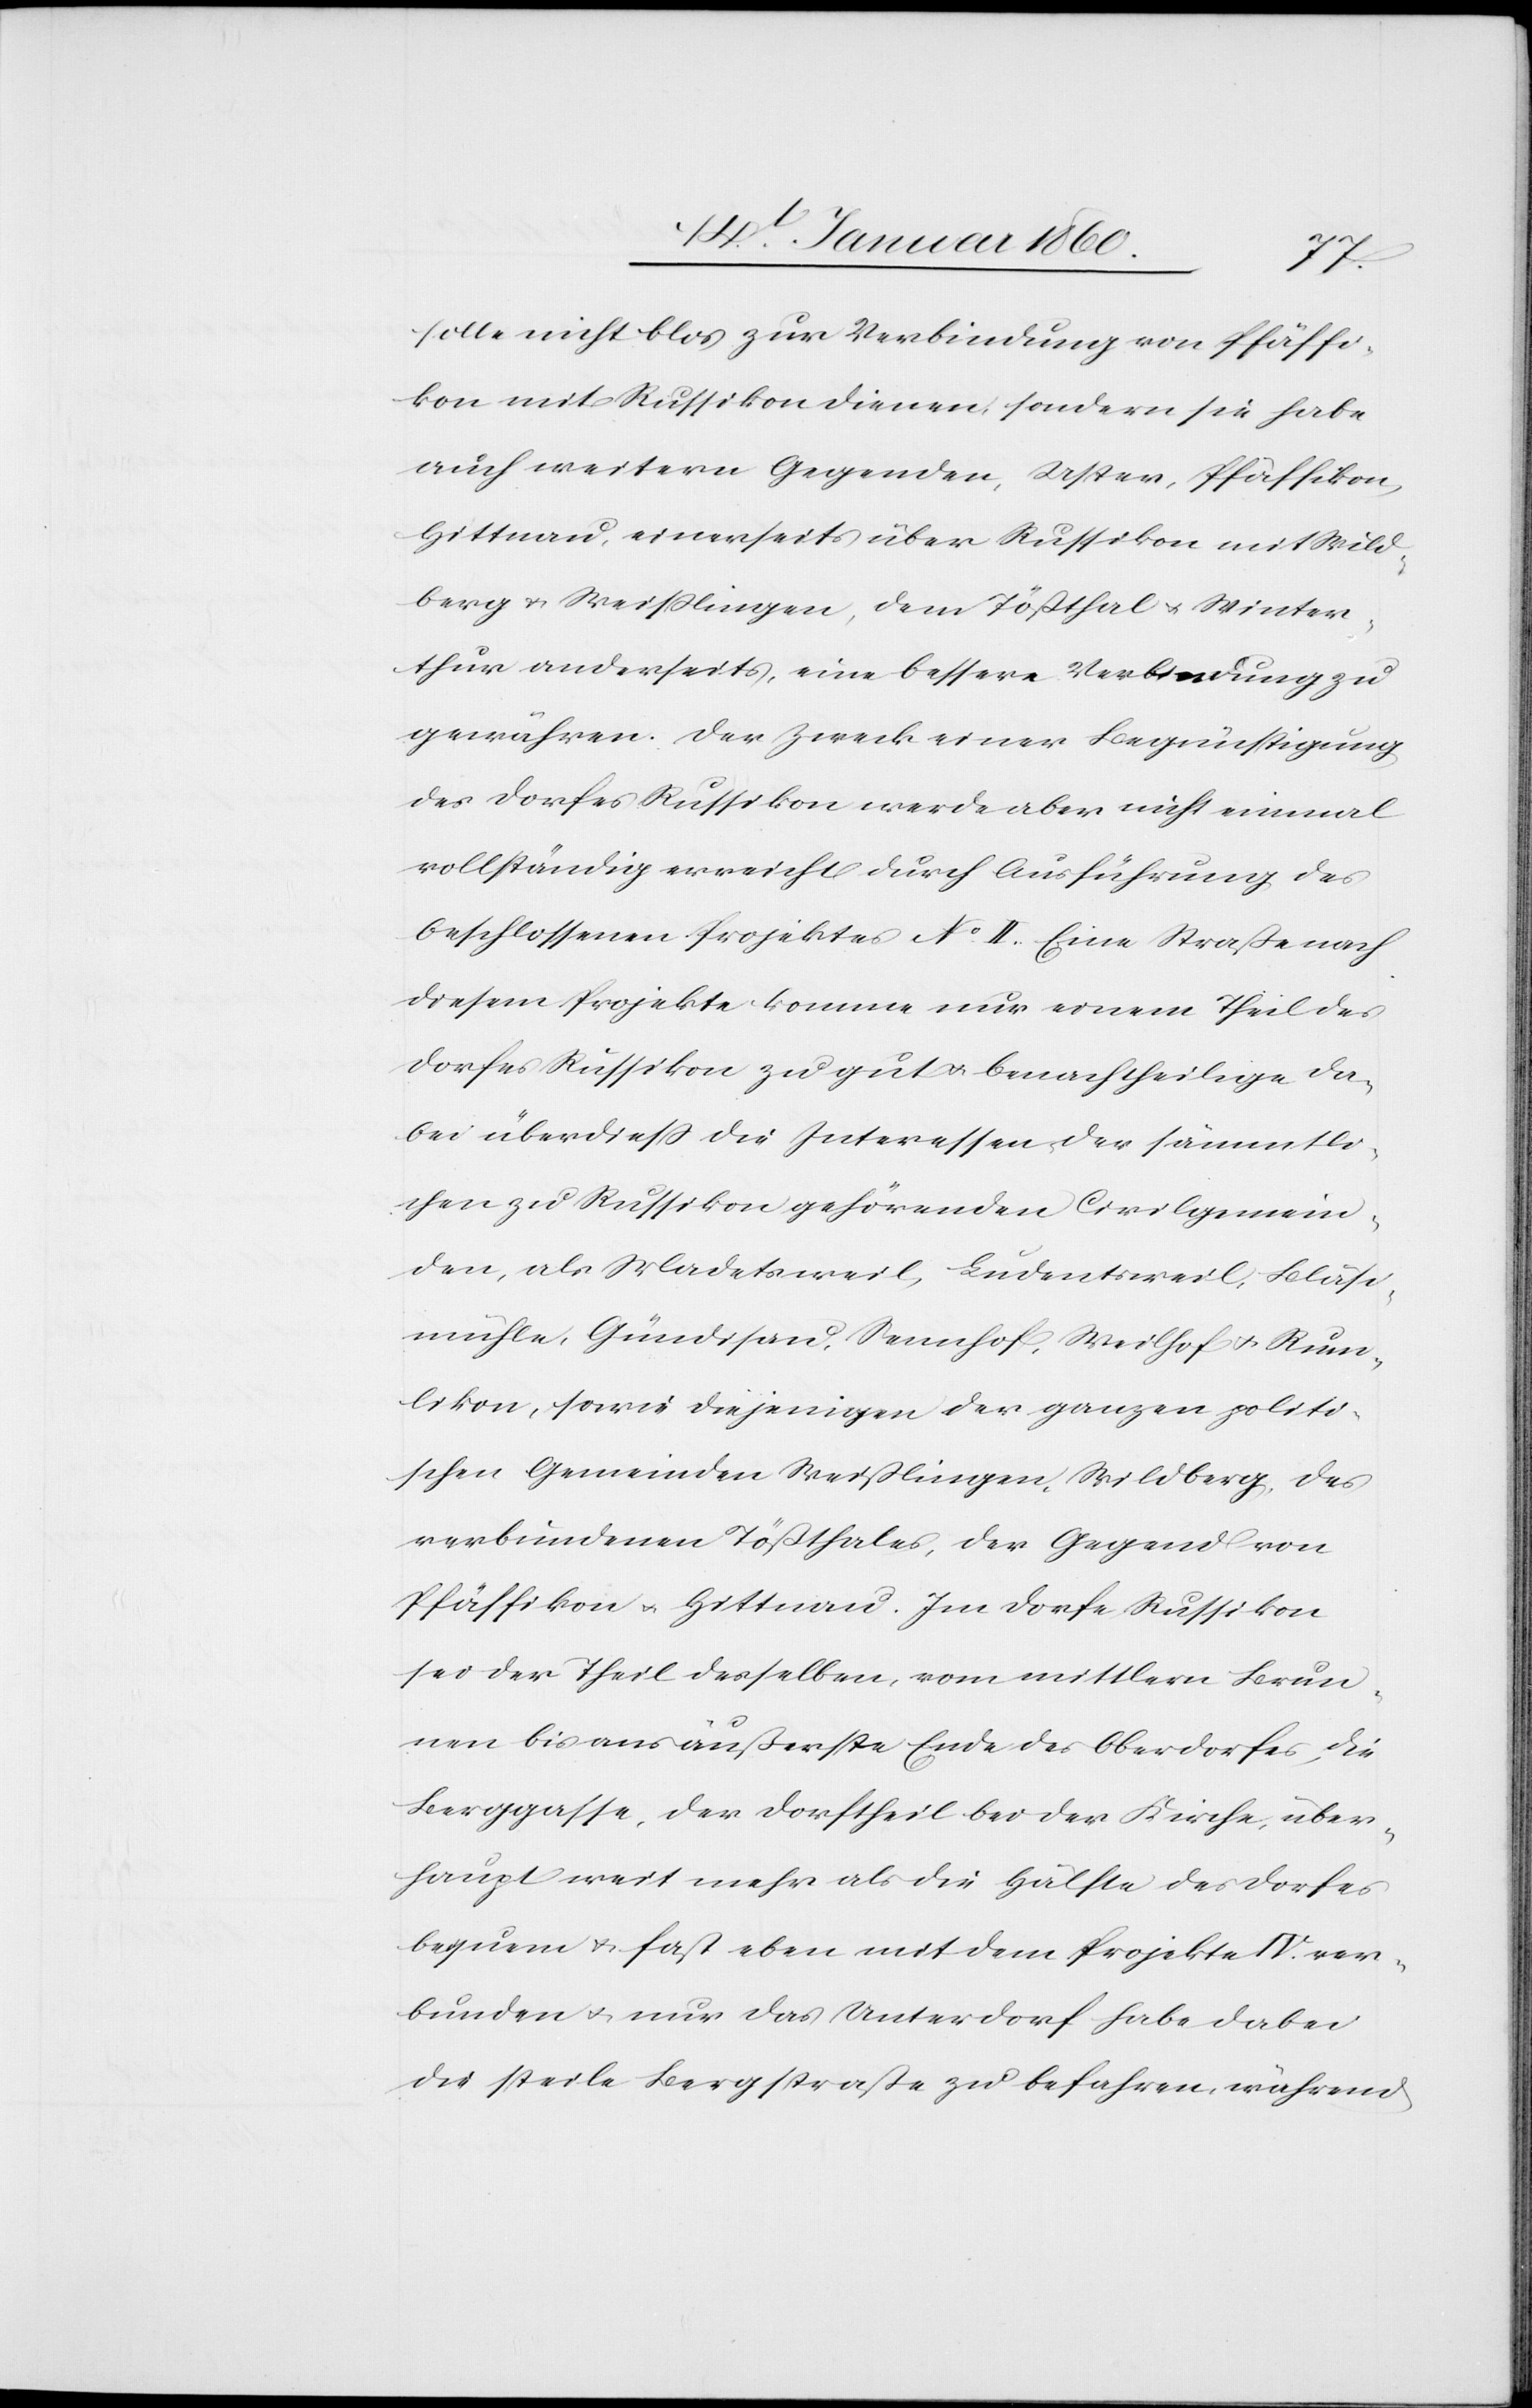
solle nicht bloß zur Verbindung von Pfäffi¬
kon mit Russikon dienen, sondern sie habe
auch weitern Gegenden, Uster, Pfäffikon,
Hittnau, einerseits über Russikon mit Wild¬
berg u. Weisslingen, dem Tössthal u. Winter¬
thur anderseits, eine bessere Verbindung zu
gewähren. Der Zweck einer Begünstigung
des Dorfes Russikon werde aber nicht einmal
vollständig erreicht durch Ausführung des
beschlossenen Projektes No II. Eine Strasse nach
diesem Projekte komme nur einem Thiel des
Dorfes Russikon zu gut u. benachtheilige da¬
bei überdieß die Interessen der sämmtli¬
chen zu Russikon gehörenden Civilgemein¬
den, als Madetsweil, Ludentsweil, Bläse¬
mühle, Gündisau, Sennhof, Weilhof u. Rum¬
likon, sowie diejenigen der ganzen politi¬
schen Gemeinden Weisslingen, Wildberg, des
verbundenen Tößthales, der Gegend von
Pfäffikon u. Hittnau. Im Dorfe Russikon
sei der Theil desselben, vom mittlern Brun¬
nen bis ans äußerste Ende des Oberdorfes, die
Berggasse, der Dorftheil bei der Kirche, über¬
haupt weit mehr als die Hälfte des Dorfes
bequem u. fast eben mit dem Projekte IV. ver¬
bunden u. nur das Unterdorf habe dabei
die steile Bergstraße zu befahren, während